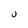
Character: U